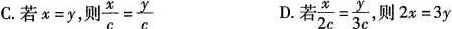
C.若x=y,则$$\frac{x}{c}= \frac{y}{c}$$ D.若z $$\frac{x}{2c}= \frac{y}{3c}$$ 则2x=3y